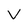
Character: v